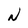
Character: N